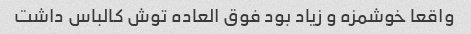
واقعا خوشمزه و زیاد بود فوق العاده توش کالباس داشت